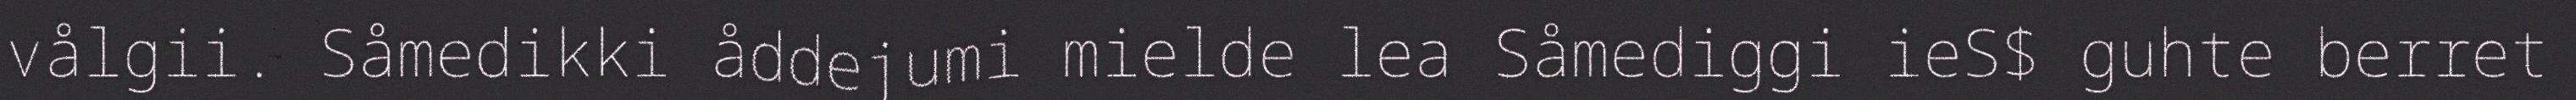
vålgii. Såmedikki åddejumi mielde lea Såmediggi ieS$ guhte berret